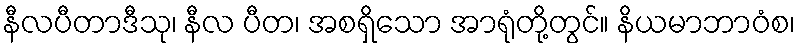
နီလပီတာဒီသု၊ နီလ ပီတ၊ အစရှိသော အာရုံတို့တွင်။ နိယမာဘာဝံစ၊